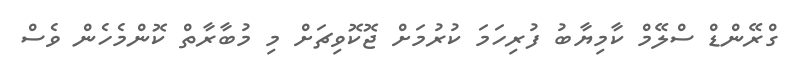
ގްރޭންޑް ސްލޭމް ކާމިޔާބު ފުރިހަމަ ކުރުމަށް ޖޮކޮވިޗަށް މި މުބާރާތް ކޮންމެހެން ވެސް